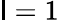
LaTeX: \mathsf{l}=1